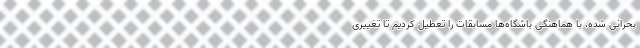
بحرانی شده، با هماهنگی باشگاه‌ها مسابقات را تعطیل کردیم تا تغییری